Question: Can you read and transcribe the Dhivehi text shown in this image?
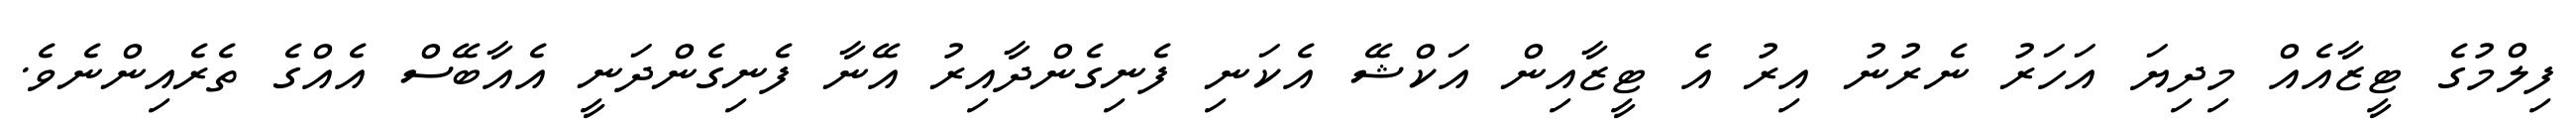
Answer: ފިލްމުގެ ޓީޒާއެއް މިދިޔަ އަހަރު ނެރުނު އިރު އެ ޓީޒާއިން އަކްޝޭ އެކަނި ފެނިގެންދާއިރު އޭނާ ފެނިގެންދަނީ އެއާބޭސް އެއްގެ ތެރެއިންނެވެ.